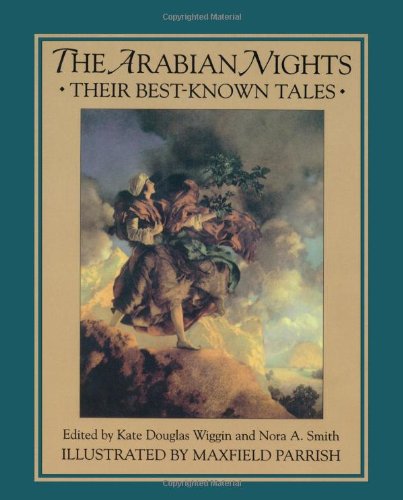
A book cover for The Arabian Nights: Their Best-Known Tales; Kate Douglas Wiggin; Children's Books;